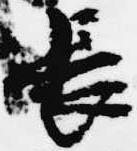
長